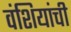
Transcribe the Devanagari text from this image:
वंशियांची